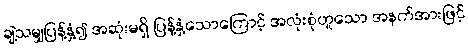
ချဲ့သမျှပြန့်နှံ့၍ အဆုံးမရှိ ပြန့်နှံ့သောကြောင့် အလုံးစုံဟူသော အနက်အားဖြင့်